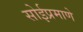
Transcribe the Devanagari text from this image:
सोईप्रमाणे